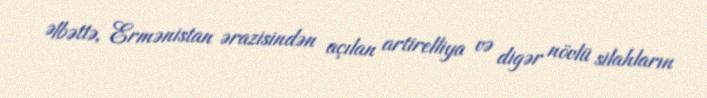
Əlbəttə, Ermənistan ərazisindən açılan artirelliya və digər növlü silahların